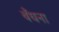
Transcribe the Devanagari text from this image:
बँधना